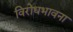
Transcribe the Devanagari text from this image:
विरोधभावना